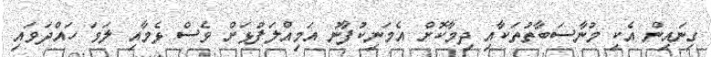
ގިނައިން އެކި މުނާސަބާތުތަކާއި ދިމާކޮށް އެމަނިކުފާނު އަމިއްލަފުޅަށް ވެސް ޅެމާއި ލަވަ ހައްދަވައި